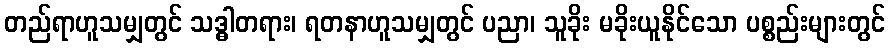
တည်ရာဟူသမျှတွင် သဒ္ဓါတရား၊ ရတနာဟူသမျှတွင် ပညာ၊ သူခိုး မခိုးယူနိုင်သော ပစ္စည်းများတွင်